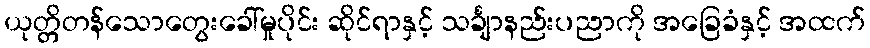
ယုတ္တိတန်သောတွေးခေါ်မှုပိုင်း ဆိုင်ရာနှင့် သင်္ချာနည်းပညာကို အခြေခံနှင့် အထက်